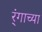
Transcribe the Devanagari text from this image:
र्ंगाच्या